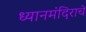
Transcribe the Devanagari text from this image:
ध्यानमंदिराचे